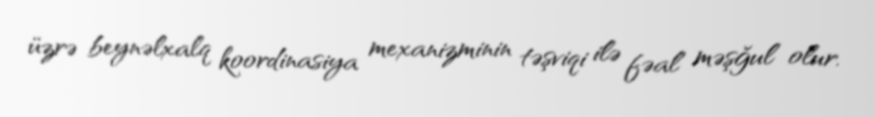
üzrə beynəlxalq koordinasiya mexanizminin təşviqi ilə fəal məşğul olur.